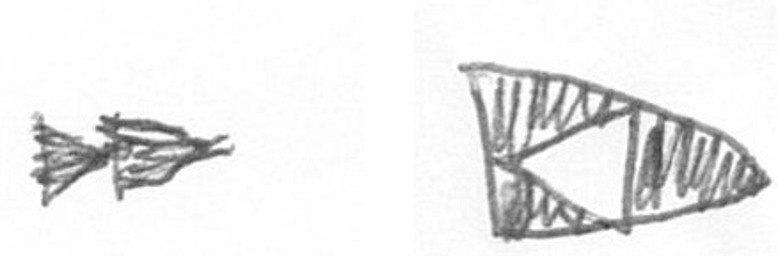
A K